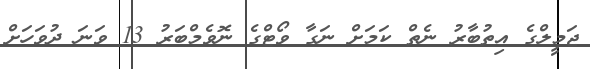
ޖަމީލްގެ އިތުބާރު ނެތް ކަމަށް ނަގާ ވޯޓްގެ ނޮވެމްބަރު 13 ވަނަ ދުވަހަށް